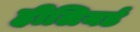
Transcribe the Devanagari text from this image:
हीलियर्ड